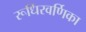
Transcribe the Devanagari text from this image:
रूधिरवर्णिका